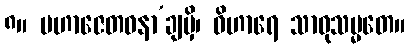
၈။ မဟာဇေတဝနာ’ချမှိ၊ ဝိဟာရေ သာဓုသမ္မတေ။